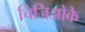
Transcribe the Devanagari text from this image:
चिजिओके